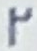
2